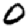
Digit: 0